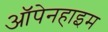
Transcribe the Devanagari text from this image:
ऑपेनहाइम